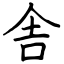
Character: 舎